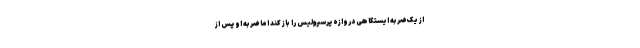
از یک ضربه ایستگاهی دروازه پرسپولیس را باز کند اما ضربه او پس از